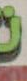
.